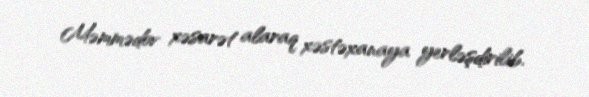
Məmmədov xəsarət alaraq xəstəxanaya yerləşdirilib.